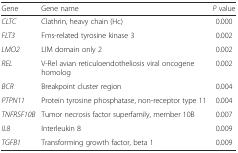
<table><thead><tr><td><b>Gene</b></td><td><b>Gene name</b></td><td><b><i>P</i> value</b></td></tr></thead><tbody><tr><td><i>CLTC</i></td><td>Clathrin, heavy chain (Hc)</td><td>0.000</td></tr><tr><td><i>FLT3</i></td><td>Fms-related tyrosine kinase 3</td><td>0.002</td></tr><tr><td><i>LMO2</i></td><td>LIM domain only 2</td><td>0.002</td></tr><tr><td><i>REL</i></td><td>V-Rel avian reticuloendotheliosis viral oncogene homolog</td><td>0.002</td></tr><tr><td><i>BCR</i></td><td>Breakpoint cluster region</td><td>0.004</td></tr><tr><td><i>PTPN11</i></td><td>Protein tyrosine phosphatase, non-receptor type 11</td><td>0.004</td></tr><tr><td><i>TNFRSF10B</i></td><td>Tumor necrosis factor superfamily, member 10B</td><td>0.007</td></tr><tr><td><i>IL8</i></td><td>Interleukin 8</td><td>0.009</td></tr><tr><td><i>TGFB1</i></td><td>Transforming growth factor, beta 1</td><td>0.009</td></tr></tbody></table>